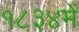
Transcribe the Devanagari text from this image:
१८३४में